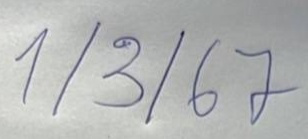
1/3/67